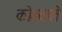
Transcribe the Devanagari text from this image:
कोडवाले